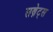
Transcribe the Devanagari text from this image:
सब्नेट्स